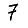
Digit: 7